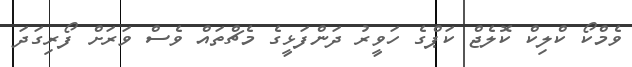
ވެމްކޯ ކްލިކް ކޮލެޖް ކަޕްގެ ހަވީރު ދަންފަޅީގެ މެޗްތައް ވެސް ވަރަށް ފޯރިގަދަ